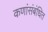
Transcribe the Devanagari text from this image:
कणांंसंबंधित